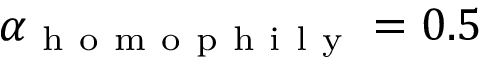
\alpha _ { \mathrm { ~ h ~ o ~ m ~ o ~ p ~ h ~ i ~ l ~ y ~ } } = 0 . 5